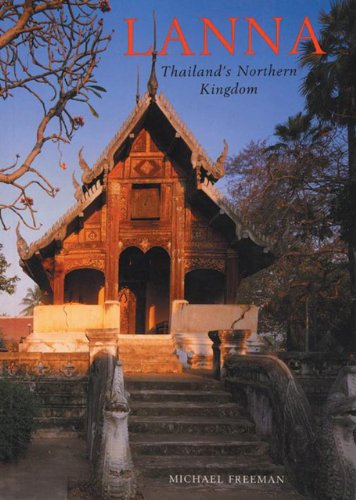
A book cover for Lanna: Thailand's Northern Kingdom (River Books Guides); Michael Freeman; Travel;